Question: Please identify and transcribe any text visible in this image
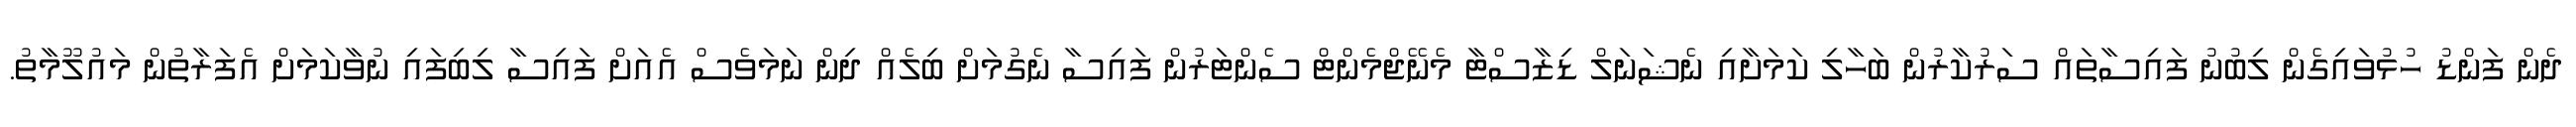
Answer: ދެން ފަންޑު ހުޅުވައިގެން ލިބުނު ފައިސާތައް ސަރުކާރުން ބަހާލި ކަމަށާއި ނެޝަނަލް ޑިޒާސްޓާ މެނޭޖްމެންޓް ސެންޓަރުން ފައިސާ ނެގުމަށް ބިލެއް ދިން ނަމަވެސް އެއަށް ފައިސާ ލިބިފައި ނުވާކަމަށް އެފަރާތުން މައުލޫމާތު.